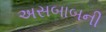
અસબાબની